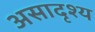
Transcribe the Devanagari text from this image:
असादृश्य